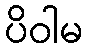
ပိဝါမ